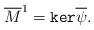
LaTeX: \begin{align*}\overline M^1=\texttt{ker}\overline\psi.\end{align*}